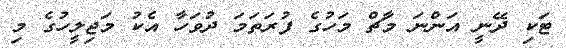
ޓަކި ދޭނީ އަންނަ މާޗް މަހުގެ ފުރަތަމަ ދުވަހާ އެކު މަޖިލީހުގެ މި